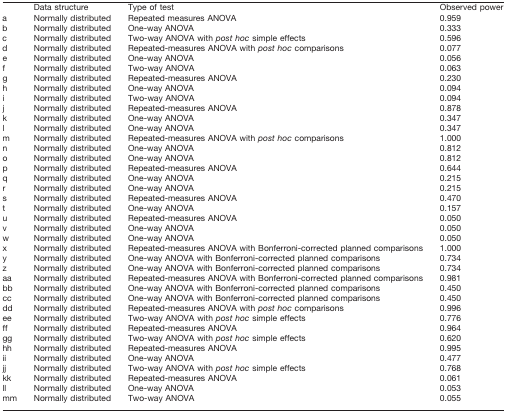
<table><thead><tr><td></td><td><b>Data structure</b></td><td><b>Type of test</b></td><td><b>Observed power</b></td></tr></thead><tbody><tr><td>a</td><td>Normally distributed</td><td>Repeated measures ANOVA</td><td>0.959</td></tr><tr><td>b</td><td>Normally distributed</td><td>One-way ANOVA</td><td>0.333</td></tr><tr><td>c</td><td>Normally distributed</td><td>Two-way ANOVA with <i>post hoc</i> simple effects</td><td>0.596</td></tr><tr><td>d</td><td>Normally distributed</td><td>Repeated-measures ANOVA with <i>post hoc</i> comparisons</td><td>0.077</td></tr><tr><td>e</td><td>Normally distributed</td><td>One-way ANOVA</td><td>0.056</td></tr><tr><td>f</td><td>Normally distributed</td><td>Two-way ANOVA</td><td>0.063</td></tr><tr><td>g</td><td>Normally distributed</td><td>Repeated-measures ANOVA</td><td>0.230</td></tr><tr><td>h</td><td>Normally distributed</td><td>One-way ANOVA</td><td>0.094</td></tr><tr><td>i</td><td>Normally distributed</td><td>Two-way ANOVA</td><td>0.094</td></tr><tr><td>j</td><td>Normally distributed</td><td>Repeated-measures ANOVA</td><td>0.878</td></tr><tr><td>k</td><td>Normally distributed</td><td>One-way ANOVA</td><td>0.347</td></tr><tr><td>l</td><td>Normally distributed</td><td>One-way ANOVA</td><td>0.347</td></tr><tr><td>m</td><td>Normally distributed</td><td>Repeated-measures ANOVA with <i>post hoc</i> comparisons</td><td>1.000</td></tr><tr><td>n</td><td>Normally distributed</td><td>One-way ANOVA</td><td>0.812</td></tr><tr><td>o</td><td>Normally distributed</td><td>One-way ANOVA</td><td>0.812</td></tr><tr><td>p</td><td>Normally distributed</td><td>Repeated-measures ANOVA</td><td>0.644</td></tr><tr><td>q</td><td>Normally distributed</td><td>One-way ANOVA</td><td>0.215</td></tr><tr><td>r</td><td>Normally distributed</td><td>One-way ANOVA</td><td>0.215</td></tr><tr><td>s</td><td>Normally distributed</td><td>Repeated-measures ANOVA</td><td>0.470</td></tr><tr><td>t</td><td>Normally distributed</td><td>One-way ANOVA</td><td>0.157</td></tr><tr><td>u</td><td>Normally distributed</td><td>Repeated-measures ANOVA</td><td>0.050</td></tr><tr><td>v</td><td>Normally distributed</td><td>One-way ANOVA</td><td>0.050</td></tr><tr><td>w</td><td>Normally distributed</td><td>One-way ANOVA</td><td>0.050</td></tr><tr><td>x</td><td>Normally distributed</td><td>Repeated-measures ANOVA with Bonferroni-corrected planned comparisons</td><td>1.000</td></tr><tr><td>y</td><td>Normally distributed</td><td>One-way ANOVA with Bonferroni-corrected planned comparisons</td><td>0.734</td></tr><tr><td>z</td><td>Normally distributed</td><td>One-way ANOVA with Bonferroni-corrected planned comparisons</td><td>0.734</td></tr><tr><td>aa</td><td>Normally distributed</td><td>Repeated-measures ANOVA with Bonferroni-corrected planned comparisons</td><td>0.981</td></tr><tr><td>bb</td><td>Normally distributed</td><td>One-way ANOVA with Bonferroni-corrected planned comparisons</td><td>0.450</td></tr><tr><td>cc</td><td>Normally distributed</td><td>One-way ANOVA with Bonferroni-corrected planned comparisons</td><td>0.450</td></tr><tr><td>dd</td><td>Normally distributed</td><td>Repeated-measures ANOVA with <i>post hoc</i> comparisons</td><td>0.996</td></tr><tr><td>ee</td><td>Normally distributed</td><td>Two-way ANOVA with <i>post hoc</i> simple effects</td><td>0.776</td></tr><tr><td>ff</td><td>Normally distributed</td><td>Repeated-measures ANOVA</td><td>0.964</td></tr><tr><td>gg</td><td>Normally distributed</td><td>Two-way ANOVA with <i>post hoc</i> simple effects</td><td>0.620</td></tr><tr><td>hh</td><td>Normally distributed</td><td>Repeated-measures ANOVA</td><td>0.995</td></tr><tr><td>ii</td><td>Normally distributed</td><td>One-way ANOVA</td><td>0.477</td></tr><tr><td>jj</td><td>Normally distributed</td><td>Two-way ANOVA with <i>post hoc</i> simple effects</td><td>0.768</td></tr><tr><td>kk</td><td>Normally distributed</td><td>Repeated-measures ANOVA</td><td>0.061</td></tr><tr><td>ll</td><td>Normally distributed</td><td>One-way ANOVA</td><td>0.053</td></tr><tr><td>mm</td><td>Normally distributed</td><td>Two-way ANOVA</td><td>0.055</td></tr></tbody></table>